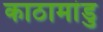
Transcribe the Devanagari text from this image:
काठामांडु